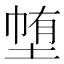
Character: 𭎽